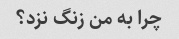
چرا به من زنگ نزد؟